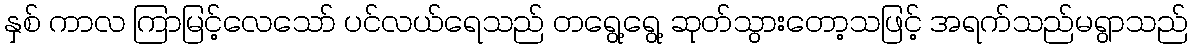
နှစ် ကာလ ကြာမြင့်လေသော် ပင်လယ်ရေသည် တရွေ့ရွေ့ ဆုတ်သွားတော့သဖြင့် အရက်သည်မရွာသည်